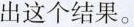
出这个结果。